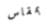
بمقاس